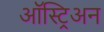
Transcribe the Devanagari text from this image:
ऑस्ट्रिअन